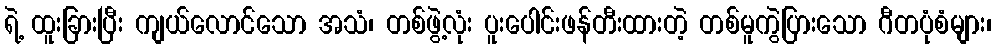
ရဲ့ ထူးခြားပြီး ကျယ်လောင်သော အသံ၊ တစ်ဖွဲ့လုံး ပူးပေါင်းဖန်တီးထားတဲ့ တစ်မူကွဲပြားသော ဂီတပုံစံများ၊